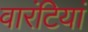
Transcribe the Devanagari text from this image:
वारंटियां